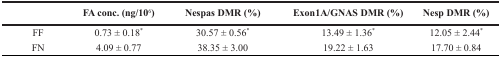
|  | FA conc. (ng/106) | Nespas DMR (%) | Exon1A/GNAS DMR (%) | Nesp DMR (%) |
 | --- | --- | --- | --- | --- |
 | FF | 0.73 ± 0.18* | 30.57 ± 0.56* | 13.49 ± 1.36* | 12.05 ± 2.44* |
 | FN | 4.09 ± 0.77 | 38.35 ± 3.00 | 19.22 ± 1.63 | 17.70 ± 0.84 |